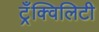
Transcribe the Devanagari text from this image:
ट्रँक्विलिटी